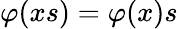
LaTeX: \varphi(xs)=\varphi(x)s